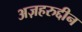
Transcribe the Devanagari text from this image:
अज़हरुद्दीन